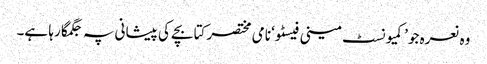
وہ نعرہ جو ’کمیونسٹ مینی فیسٹو‘ نامی مختصر کتابچے کی پیشانی پہ جگمگا رہا ہے۔